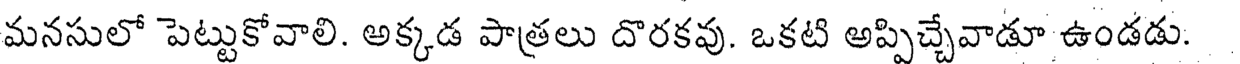
మనసులో పెట్టుకోవాలి. అక్కడ పాత్రలు దొరకవు. ఒకటి అప్పిచ్చేవాడూ ఉండడు.